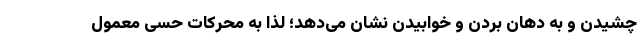
چشیدن و به دهان بردن و خوابیدن نشان می‌دهد؛ لذا به محرکات حسی معمول